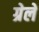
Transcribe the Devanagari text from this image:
ग्रेले